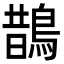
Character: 鵲